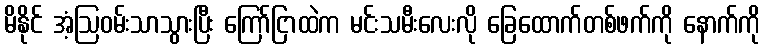
မိနိုင် အံ့ဩဝမ်းသာသွားပြီး ကြော်ငြာထဲက မင်းသမီးလေးလို ခြေထောက်တစ်ဖက်ကို နောက်ကို